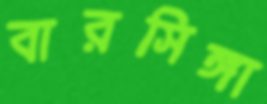
বারসিঙ্গা